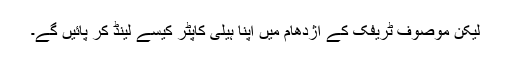
لیکن موصوف ٹریفک کے اژدھام میں اپنا ہیلی کاپٹر کیسے لینڈ کر پائیں گے۔